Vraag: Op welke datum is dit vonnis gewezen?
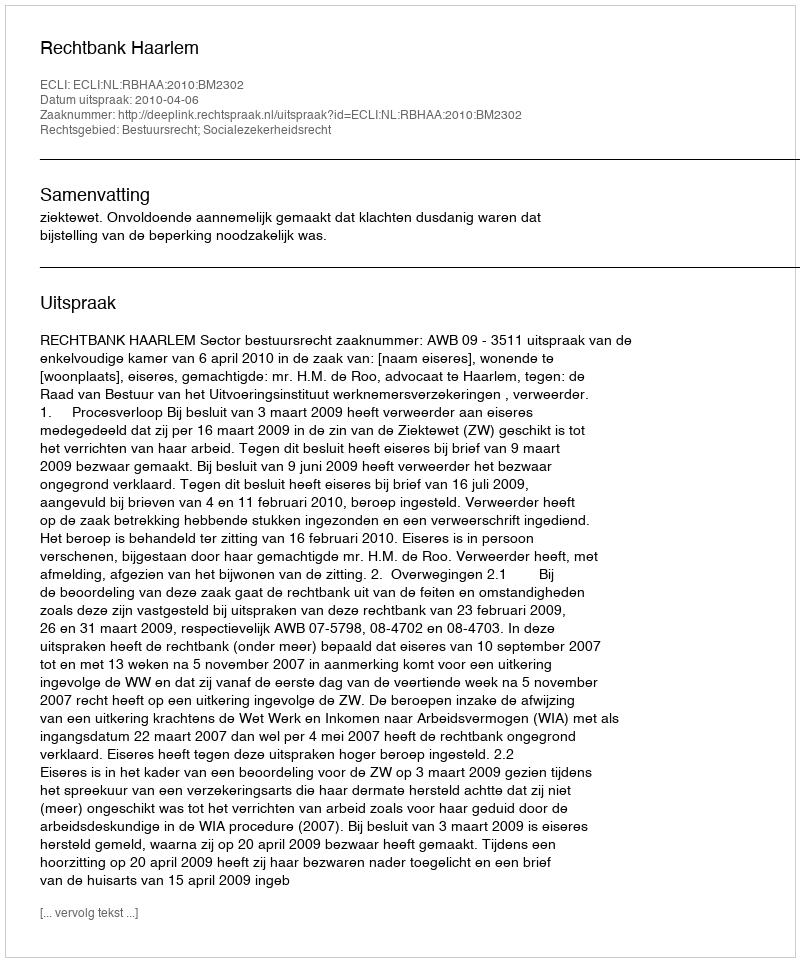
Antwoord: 2010-04-06